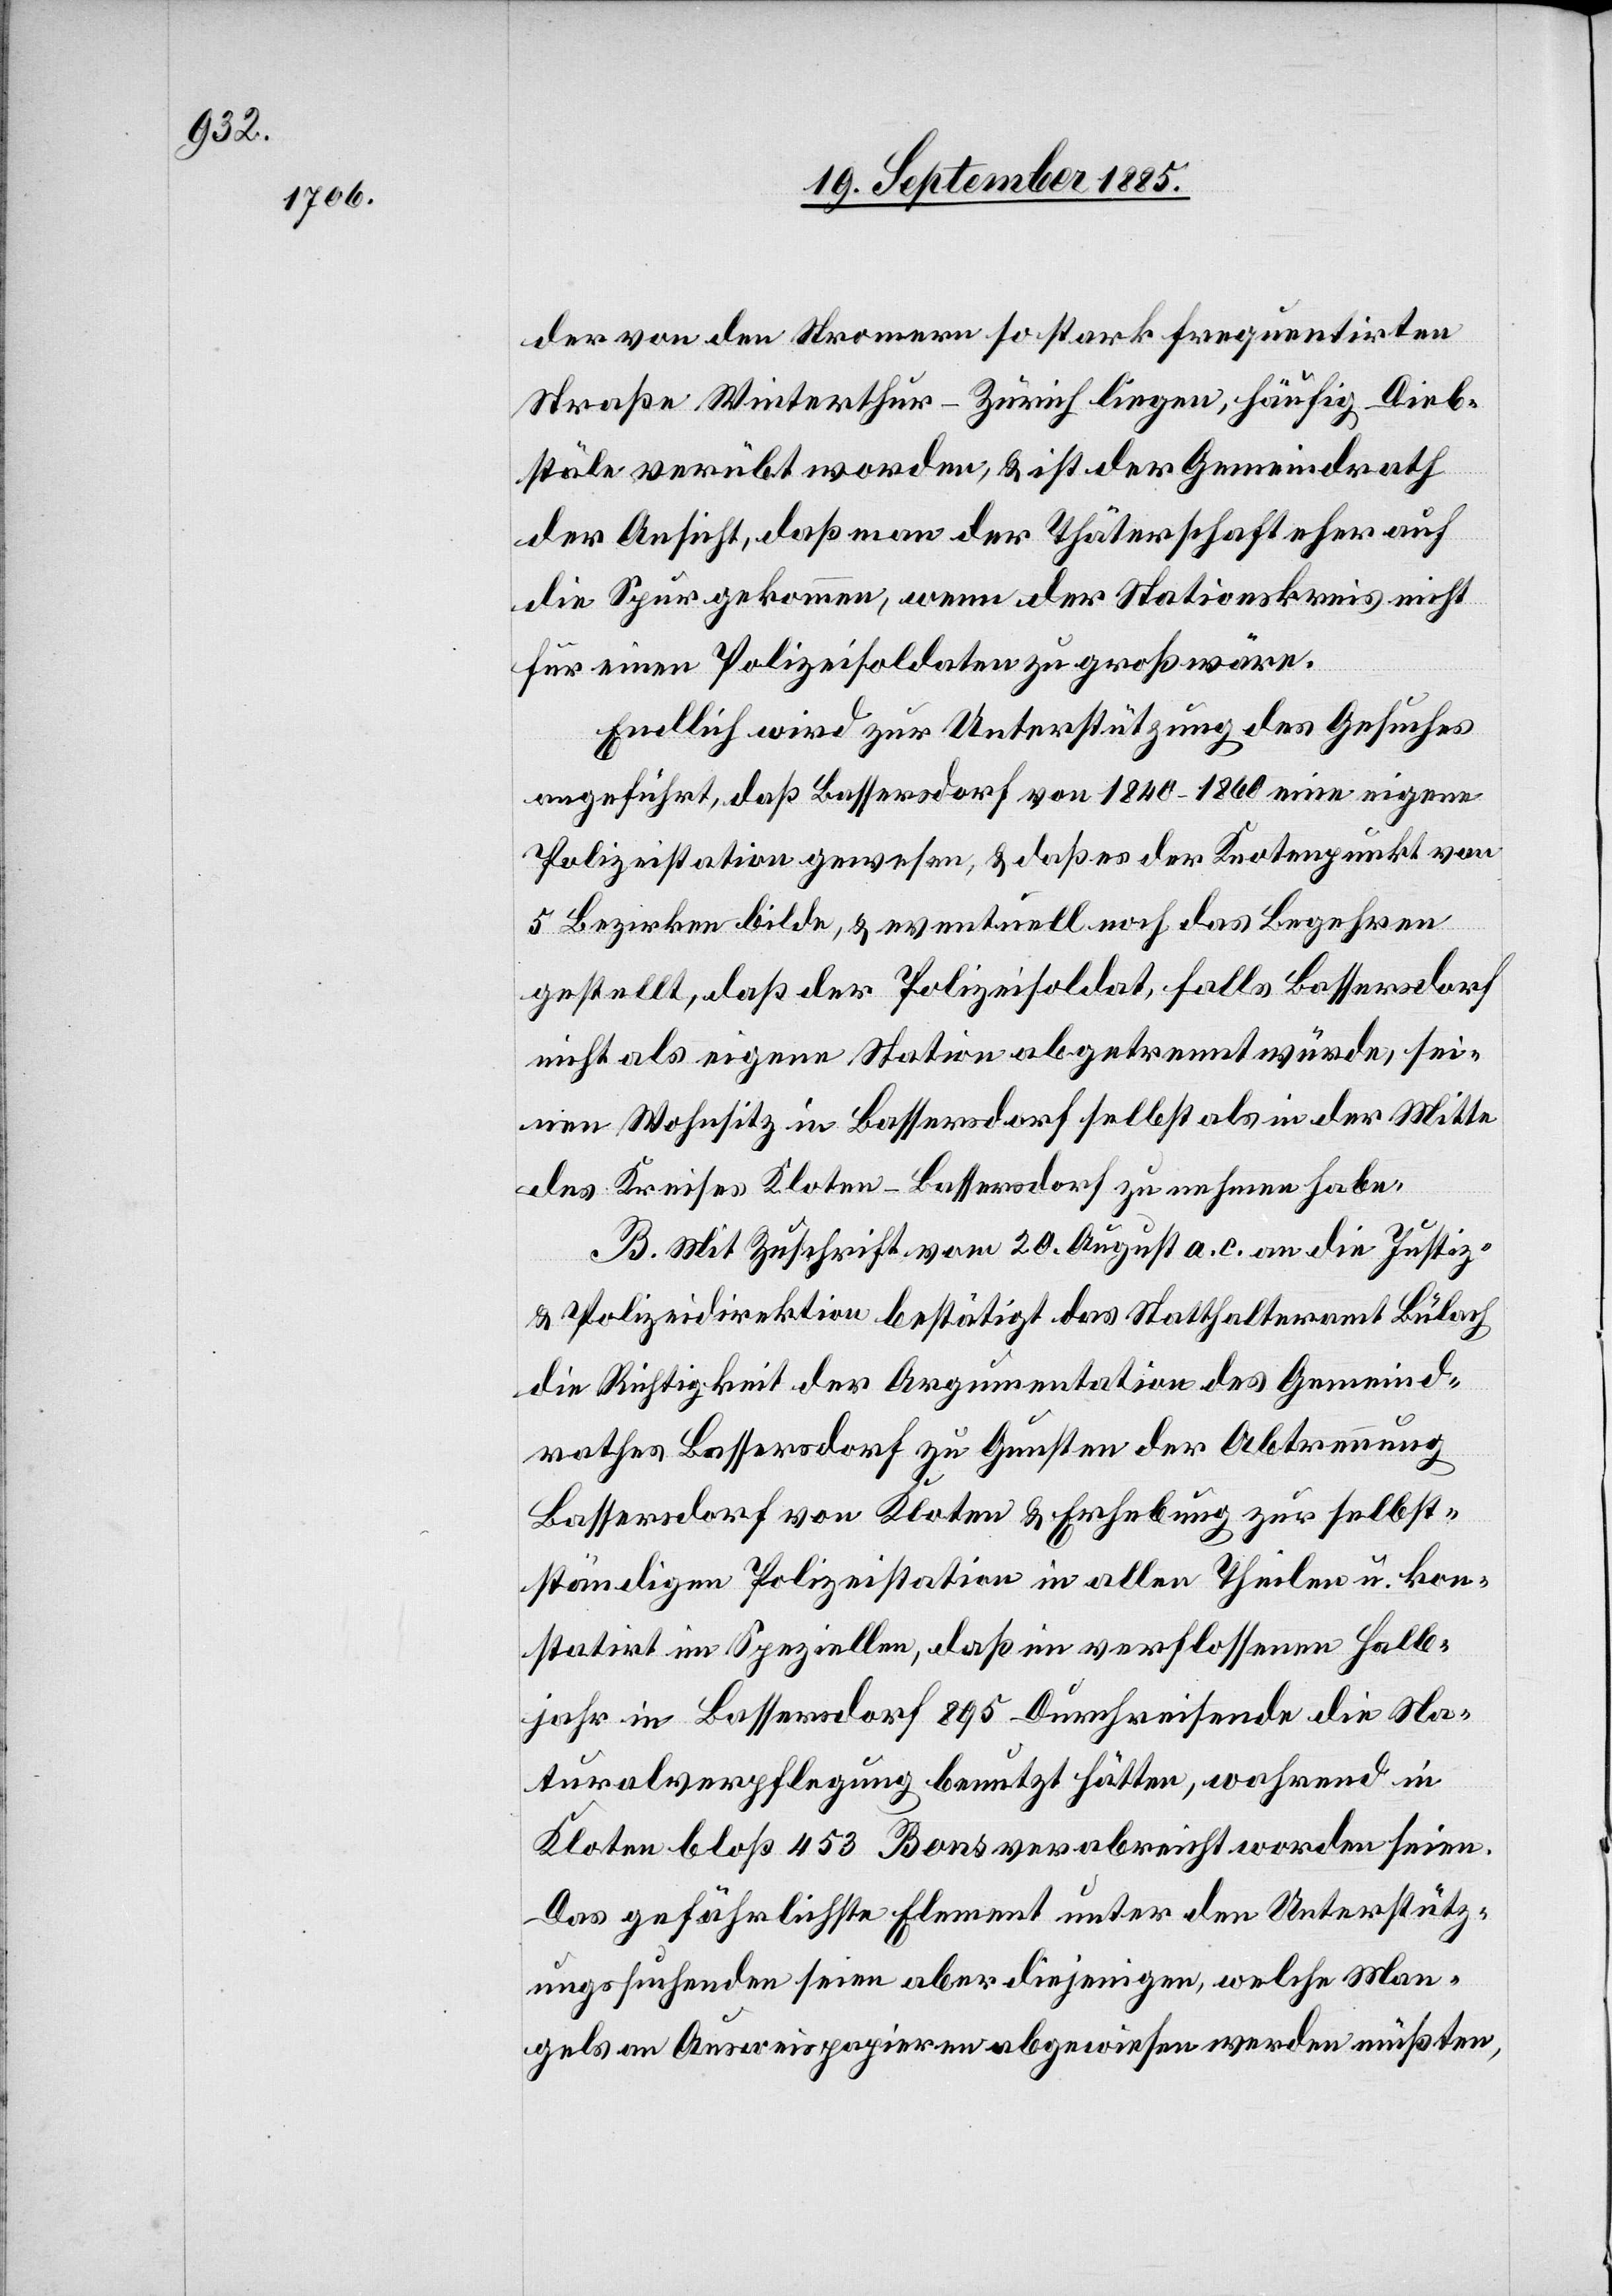
der von den Stromern so stark frequentirten
Straße Winterthur–Zürich liegen, häufig Dieb¬
stäle verübt worden, & ist der Gemeindrath
der Ansicht, daß man der Thäterschaft eher auf
die Spur gekommen, wenn der Stationskreis nicht
für einen Polizeisoldaten zu groß wäre.
Endlich wird zur Unterstützung des Gesuches
angeführt, daß Bassersdorf von 1840–1860 eine eigene
Polizeistation gewesen, & daß es der Knotenpunkt von
5 Bezirken bilde, & eventuell noch das Begehren
gestellt, daß der Polizeisoldat, falls Bassersdorf
nicht als eigene Station abgetrennt würde, sei¬
nen Wohnsitz in Bassersdorf selbst als in der Mitte
des Kreises Kloten-Bassersdorf zu nehmen habe.
B. Mit Zuschrift vom 20. August a. c. an die Justiz-
& Polizeidirektion bestätigt das Statthalteramt Bülach
die Richtigkeit der Argumentation des Gemeind¬
rathes Bassersdorf zu Gunsten der Abtrennung
Bassersdorf von Kloten & Erhebung zur selbst¬
ständigen Polizeistation in allen Theilen u. kon¬
statirt im Speziellen, daß im verflossenen Halb¬
jahr in Bassersdorf 895 Durchreisende die Na¬
turalverpflegung benutzt hätten, wahrend
Kloten bloß 456 Bons verabreicht worden seien.
Das gefährlichste Element unter den Unterstütz¬
ungssuchenden seien aber diejenigen, welche Man¬
gels an Ausweispapieren abgewiesen werden müßten,